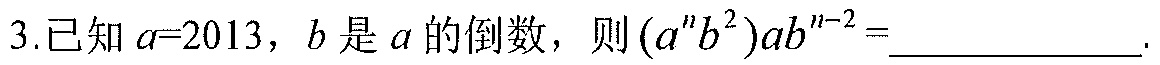
3.已知\(a = 2013\)，\(b\)是\(a\)的倒数，则\((a^{n}b^{2})ab^{n - 2}=\)  ．